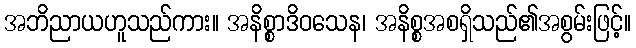
အဘိညာယဟူသည်ကား။ အနိစ္စာဒိဝသေန၊ အနိစ္စအစရှိသည်၏အစွမ်းဖြင့်။